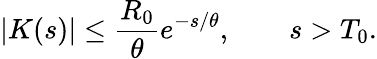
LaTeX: |K(s)|\le\frac{R_{0}}{\theta}e^{-s/\theta},\qquad s>T_{0}.